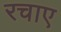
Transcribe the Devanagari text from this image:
रचाए